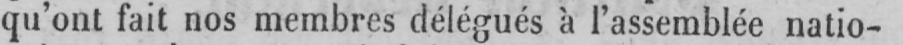
qu’ont fait nos membres délégués à l’assemblée natio-